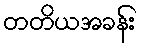
တတိယအခန်း